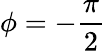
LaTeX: \phi=-\frac{\pi}{2}